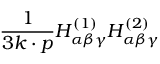
{ \frac { 1 } { 3 k \cdot p } } H _ { \alpha \beta \gamma } ^ { ( 1 ) } H _ { \alpha \beta \gamma } ^ { ( 2 ) }